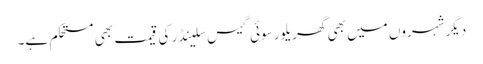
دیگر شہروں میں بھی گھریلو رسوئی گیس سلینڈر کی قیمت بھی مستحکم ہے۔